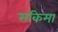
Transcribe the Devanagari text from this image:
सकिमा